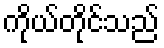
ကိုယ်တိုင်သည်